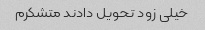
خیلی زود تحویل دادند متشکرم